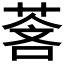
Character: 𬝓